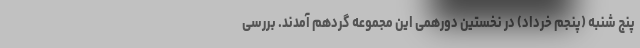
پنج شنبه (پنجم خرداد) در نخستین دورهمی این مجموعه گردهم آمدند. بررسی